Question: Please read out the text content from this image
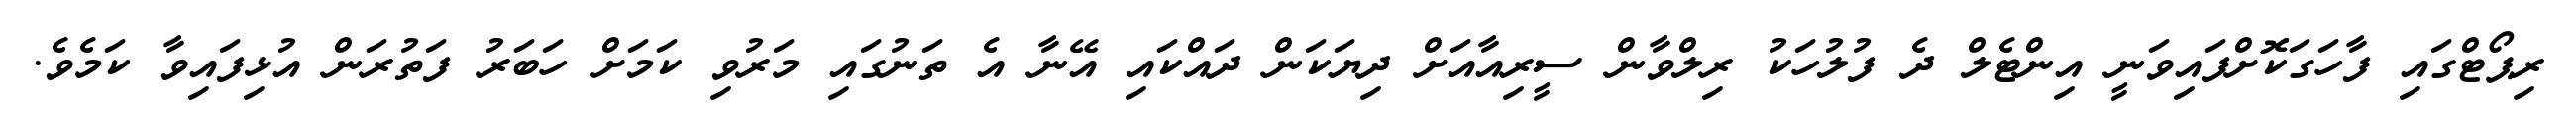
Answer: ރިޕޯޓްގައި ފާހަގަކޮށްފައިވަނީ އިންޓެލް ދެ ފުލުހަކު ރިލްވާން ސީރިއާއަށް ދިޔަކަން ދައްކައި އޭނާ އެ ތަނުގައި މަރުވި ކަމަށް ހަބަރު ފަތުރަން އުޅިފައިވާ ކަމެވެ.